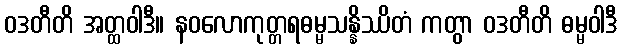
ဝဒတီတိ အတ္ထဝါဒီ။ နဝလောကုတ္တရဓမ္မသန္နိဿိတံ ကတွာ ဝဒတီတိ ဓမ္မဝါဒီ